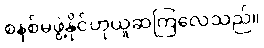
စနစ်မဖွဲ့နိုင်ဟုယူဆကြလေသည်။